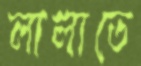
লালাতে